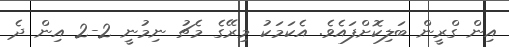
އިން ގްރީން ބަލިކޮށްފައެވެ. އެކަމަކު މިރޭގެ މެޗު ނިމުނީ 2-2 އިން ދެ